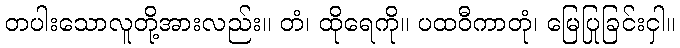
တပါးသောလူတို့အားလည်း။ တံ၊ ထိုရေကို။ ပထဝီကာတုံ၊ မြေပြုခြင်းငှါ။